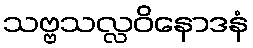
သဗ္ဗသလ္လဝိနောဒနံ